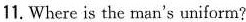
11. Where is the man's uniform?